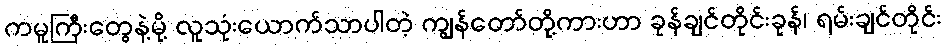
ကမူကြီးတွေနဲ့မို့ လူသုံးယောက်သာပါတဲ့ ကျွန်တော်တို့ကားဟာ ခုန်ချင်တိုင်းခုန်၊ ရမ်းချင်တိုင်း